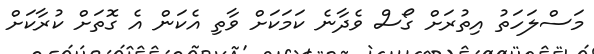
މަސްލަހަތު އިތުރަށް ގޯސް ވެދާނެ ކަމަކަށް ވާތި އެކަން އެ ގޮތަށް ކުރާކަށް